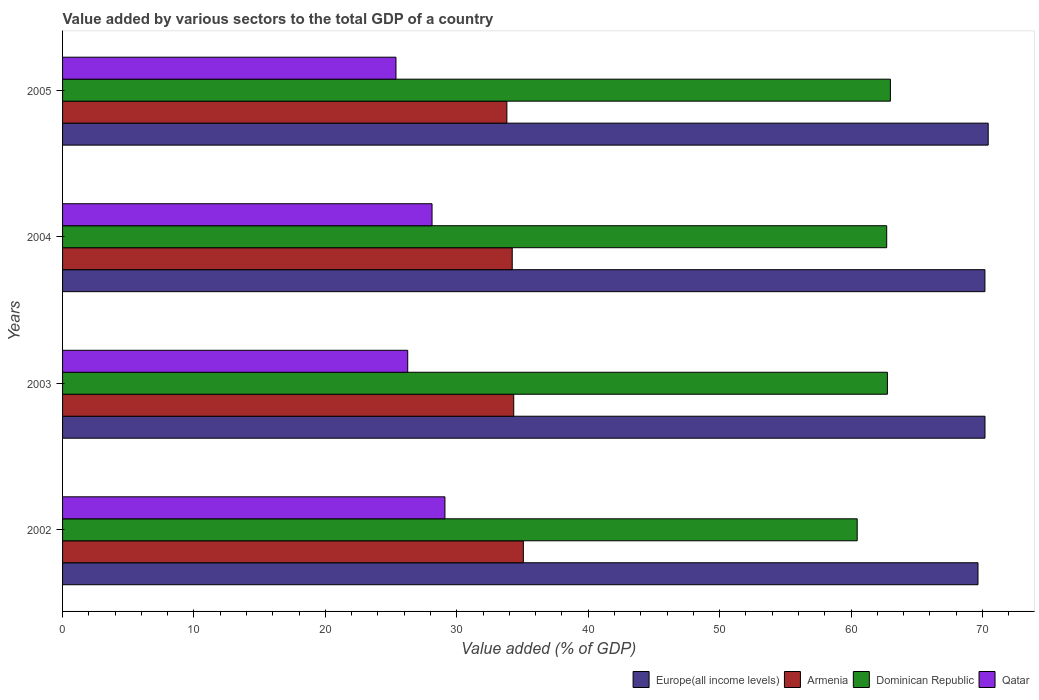
| Years | Europe(all income levels) | Armenia | Dominican Republic | Qatar |
 | --- | --- | --- | --- | --- |
 | 2002 | 69.7 | 35.1 | 60.5 | 29.1 |
 | 2003 | 70.2 | 34.3 | 62.8 | 26.3 |
 | 2004 | 70.2 | 34.2 | 62.7 | 28.1 |
 | 2005 | 70.4 | 33.8 | 63 | 25.4 |